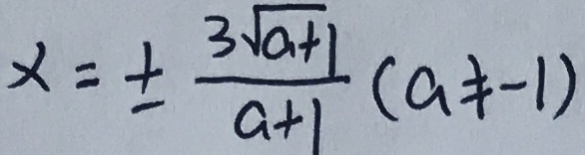
x = \pm \frac { 3 \sqrt { a + 1 } } { a + 1 } ( a \neq - 1 )